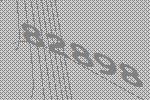
82898